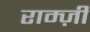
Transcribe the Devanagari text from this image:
राम्ज़ी